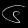
Digit: ၆